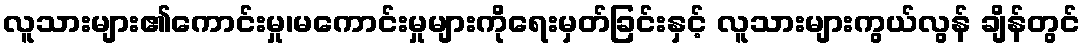
လူသားများ၏ကောင်းမှု၊မကောင်းမှုများကိုရေးမှတ်ခြင်းနှင့် လူသားများကွယ်လွန် ချိန်တွင်